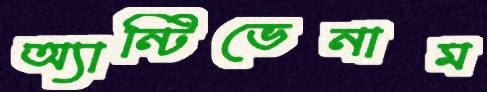
অ্যান্টিভেনাম